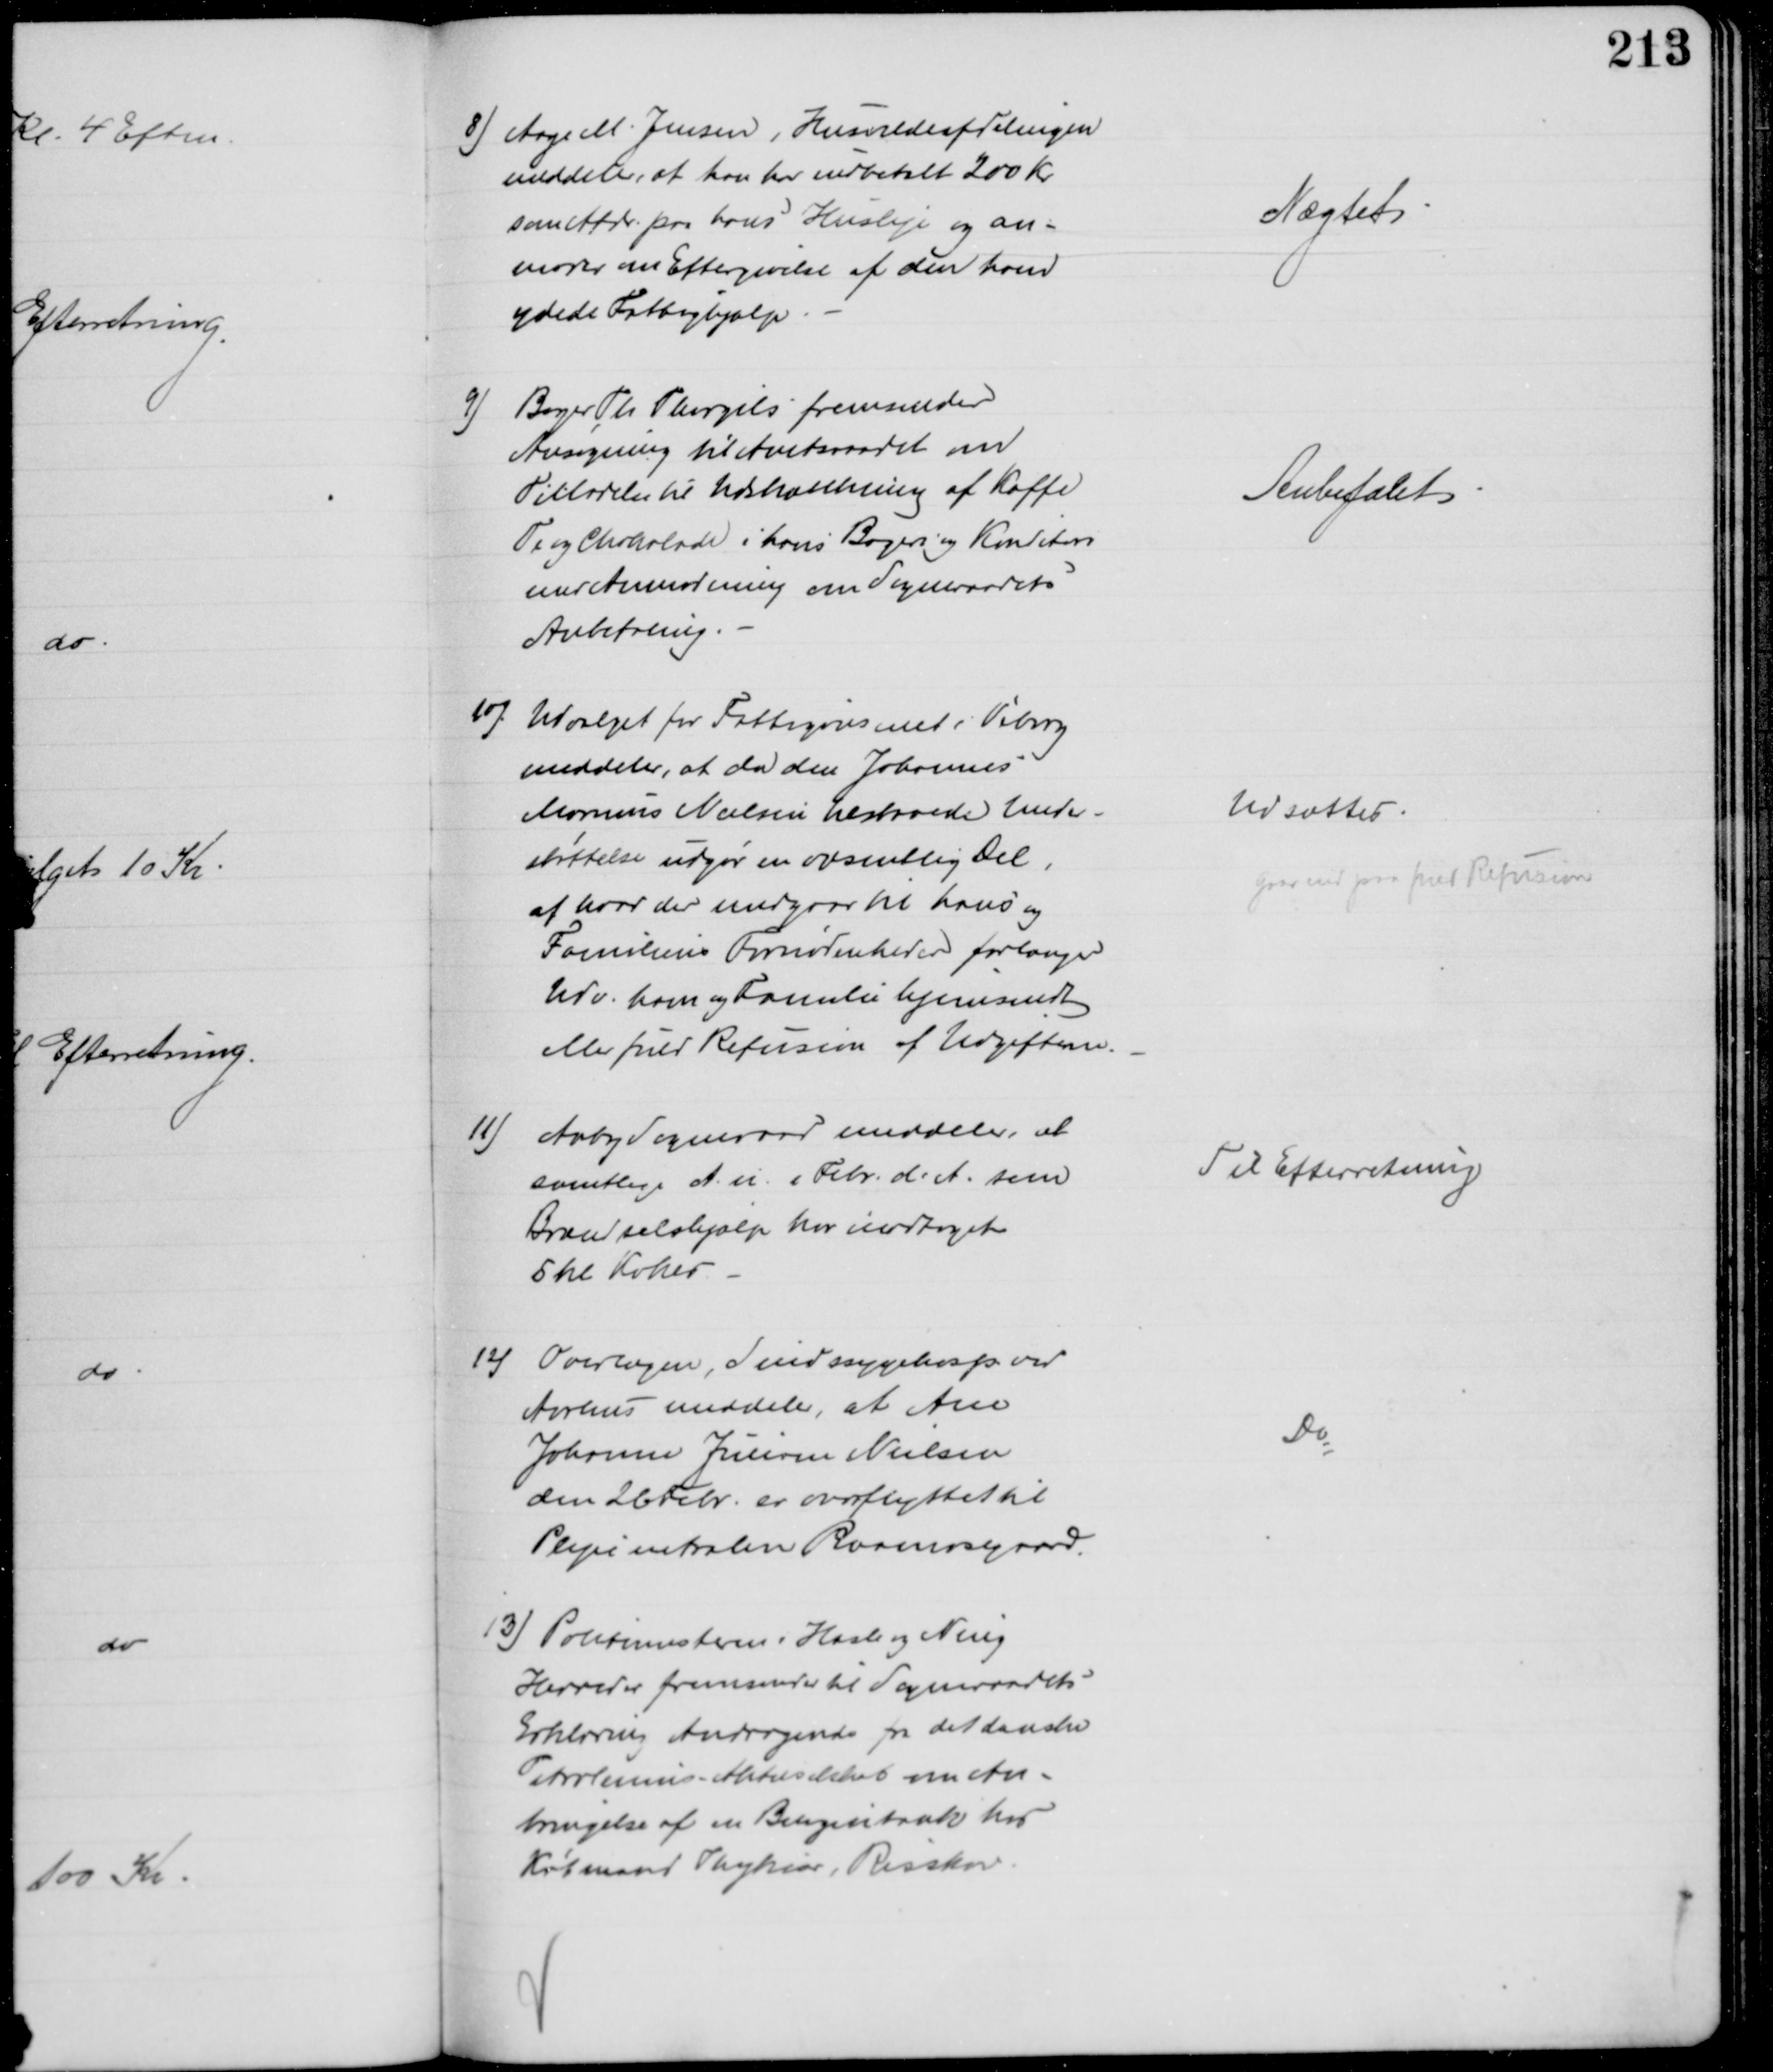
Transskription:
8) Aage M. Jensen, Husvildeafdelingen
meddeler, at han har indbetalt 200 Kr
som Afdr. paa hans Husleje og an-
moder om Eftergivelse af den ham 
ydede Fattighjælp.
Nægtet
9) Bager Th Thorgils fremsender
Ansøgning til Amtsraadet om
Tilladelse til Udskænkning af Kaffe
Te og Chokolade i hans Bageri og Konditori
med Anmodning om Sogneraadets
Anbefaling.
Anbefalet
10). Udvalget for Fattigvæsenet i Viborg
meddeler, at da den Johannes
Marinus Nielsen tilstaaede Under-
støttelse udgør en væsentlig Del,
af hvad der medgaar til hans og
Familiens Fornødenheder forlanger
Udv. ham og Familie hjemsendt
eller fuld Refusion af Udgifterne.
Udsættes
gaar ind paa fuld Refusion
11)
Aaby Sogneraad meddeler, at
samtlige A. u. 1 Febr. d. A. som
Brændselshjælp har modtaget
5 hl Kokes
Til Efterretning
12) Overlægen, Sindssygehosp. ved
Aarhus meddeler, at Ane
Johanne Juliane Nielsen
den 26 Febr. er overflyttet til 
Plejecentralen Raamosegaard.
Do
13) Politimesteren i Hasle og Ning
Herreder fremsender til Sogneraadets
Erklæring Andragende fra det danske
Petroleums Aktieselskab om An=
bringelse af en Benzintank hos 
Købmand Thykiær, Risskov